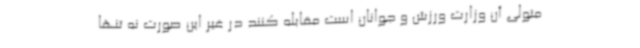
متولی آن وزارت ورزش و جوانان است مقابله کنند در غیر این صورت نه تنها